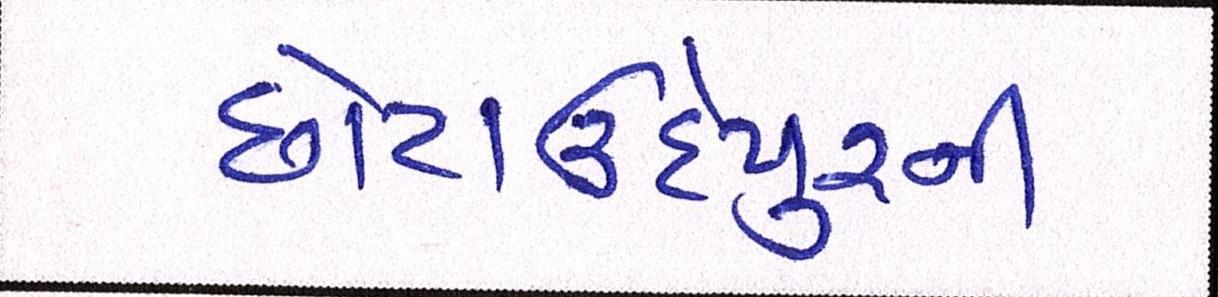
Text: છોટાઉદેપુરની